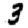
Digit: 3